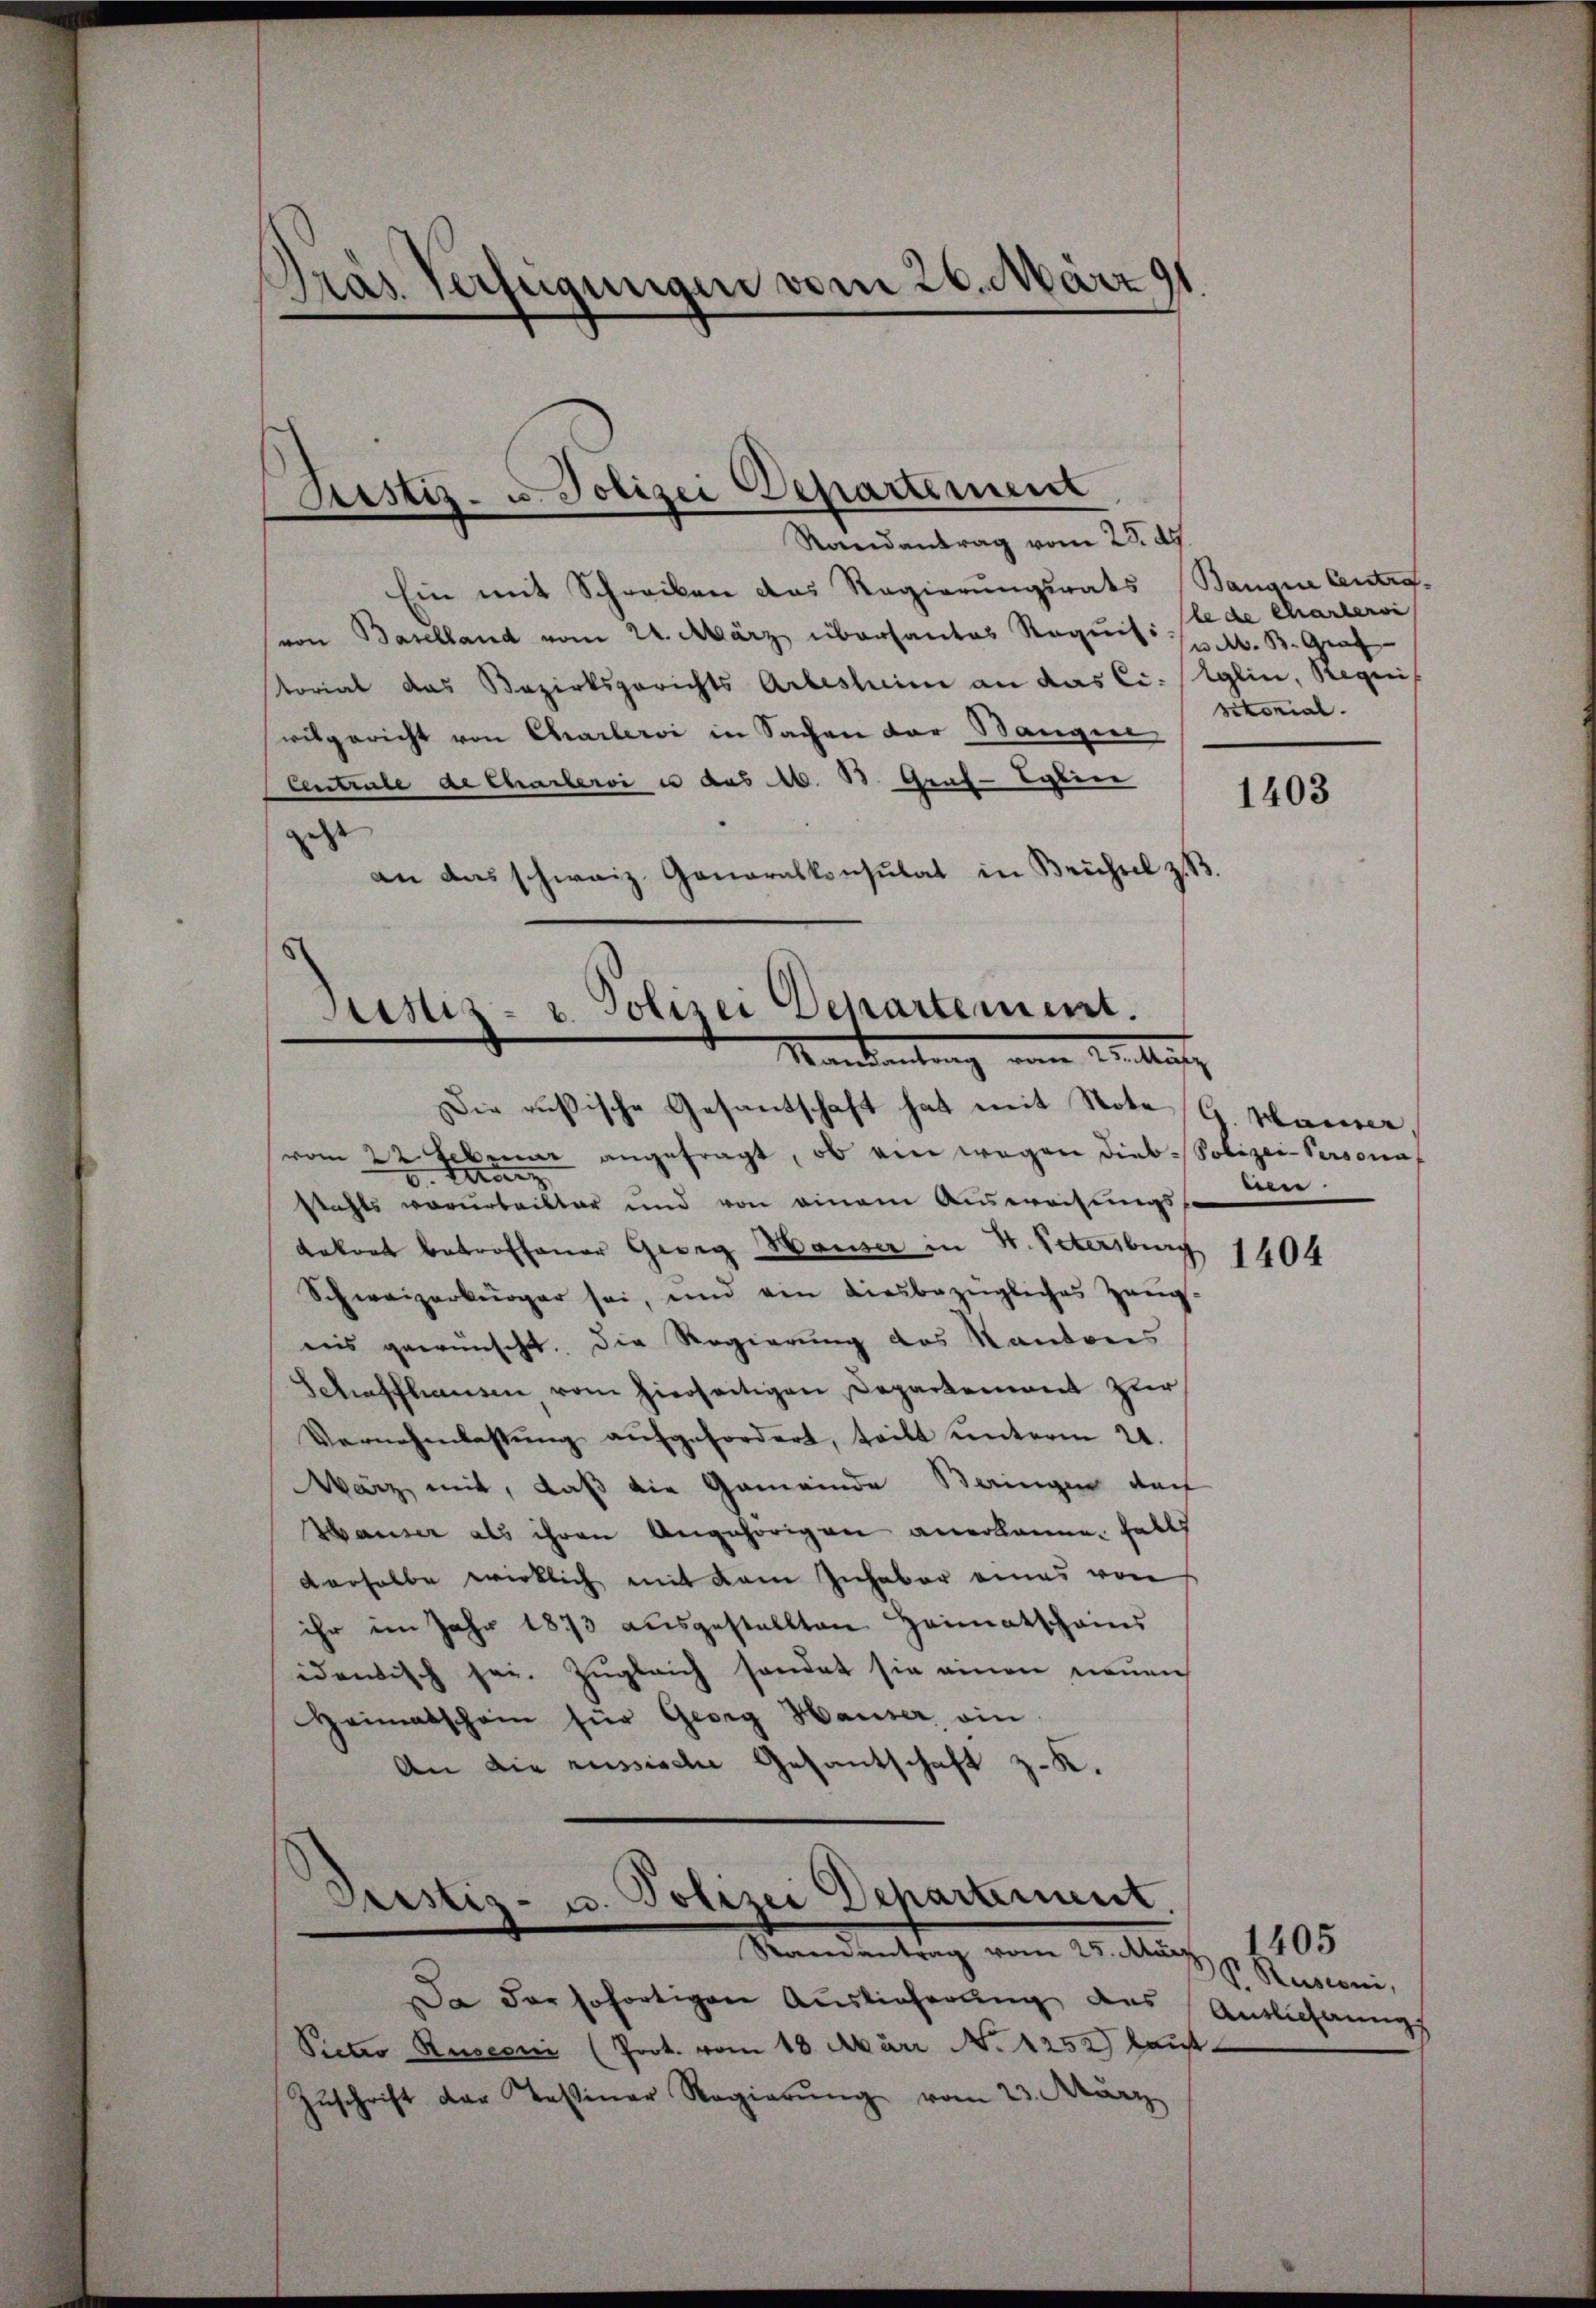
Pras Verfügungen vom 26. März 91.

Sistiz- u. Polizei Departement
Randantrag vom 25. d.

Ein mit Schreiben das Regierungsrats Banque Centro-
von Baselland vom 24. März überhantas Requis le de Charlervi
torial das Bezirksgerichts Arbestim an das Ci: Eglin, Requis
vilgericht von Charlervi in Sachen der Bangire
Centrale de charlervi u das M. B. Graf-Cyline
d
an das schweiz. Generalkonsulat in Brüssel z. B.

Justiz u. Polizei Departement.
Mankontrag eine Weiten

Die russische Gesantschaft hat mit Note
vom 22 Februar angefragt, ob ein wegen Dieb-Polizei-Personn
v. Aerz
stahls vorurteilter und von einem Ausweisungsf
Lakort betroffener Georg Hauser in H. Petersburg 1404
Schweizerbürger sei, und ein diesbezügliches Zeug-
reis gewünscht. Die Regierung des Kantons
Schaffhausen, vom hierseitigen Departement zur
Vernehmlassŭng aŭfgefordert, teilt ŭnterm 21.
Wärz, mit, daß die Gemeinde Beringen doch
Hauser als ihren Angehörigen anerkannen Falls
derselbe wirklich mit dem Inhaber eines von
ihr im Jahr 1873 ausgestellten Heimatschains
idandisch sei. Zugleich sendet sie einen neuen
Heimatschein für Georg Hauser, ein
An die russische Gesantschaft z. K.

Justiz- u. Polizei Departement.
Randantrag vom 25. Man pr. Rusconi,

a der sofortigen Auslieferŭng des Antlichŭngs
Pietro Rusconi (Prot. vom 18. Märi No 1252) kauf
Zŭschrift der Tessiner Regierŭng vom 23. März

M. B. Graf
sitorial.

1403

G. Hauser,
.

1405